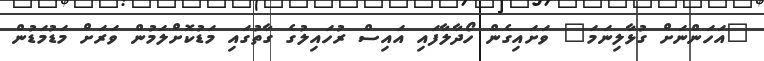
"އަހަންނަށް ގުޅާލިނަމަ" ވަށައިގެން ހޯދާލާފައި އައިސް ރުހައިލުގެ ގާތުގައި މަޑުކޮށްލަމުން ވަރަށް މަޑުމަޑުން